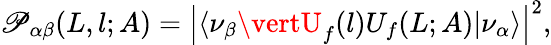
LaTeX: \mathscr{P}_{\alpha\beta}(L,l;A)=\left\vert\langle\nu_{\beta}\vertU_{f}(l)U_{f}(L;A)\vert\nu_{\alpha}\rangle\right\vert^{2},